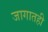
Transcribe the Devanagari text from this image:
जागातही